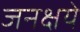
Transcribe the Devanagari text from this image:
जनक्षये